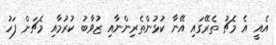
އެއީ އެ މެޗު ތެރޭގައި އޭނާ ކުޅުންތެރިންނާއި ޒުވާބު ކުރުމާއި މެޗަށް ފަހު